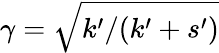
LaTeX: \gamma=\sqrt{k^{\prime}/(k^{\prime}+s^{\prime})}